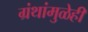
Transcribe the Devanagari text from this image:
ग्रंथांमुळेही